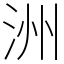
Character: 洲